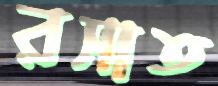
রসাত